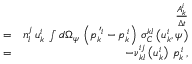
\begin{array} { r l r } & { } & { \frac { A _ { k } ^ { i } } { \Delta t } } \\ & { = } & { n _ { l } ^ { j } \, u _ { k } ^ { i } \, \int d \Omega _ { \psi } \, \left( p _ { k } ^ { \, ^ { \prime } i } - p _ { k } ^ { \, i } \right) \, \sigma _ { C } ^ { k l } \left( u _ { k } ^ { i } , \psi \right) } \\ & { = } & { - \nu _ { k l } ^ { i j } \left( u _ { k } ^ { i } \right) \, p _ { k } ^ { \, i } \, , } \end{array}